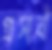
প্রসাবী